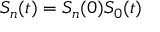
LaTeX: S _ { n } ( t ) = S _ { n } ( 0 ) S _ { 0 } ( t )